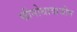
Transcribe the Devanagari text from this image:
फीनोथायाजीन